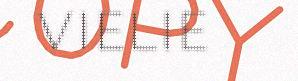
VIELIE